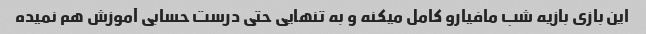
این بازی بازیه شب مافیارو کامل میکنه و به تنهایی حتی درست حسابی آموزش هم نمیده